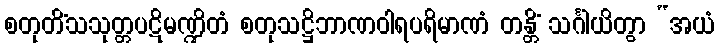
စတုတိံသသုတ္တပဋိမဏ္ဍိတံ စတုသဋ္ဌိဘာဏဝါရပရိမာဏံ တန္တိံ သင်္ဂါယိတွာ “အယံ